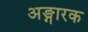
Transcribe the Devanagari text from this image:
अङ्गारक